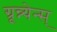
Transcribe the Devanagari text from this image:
ग्रून्न्येन्स्